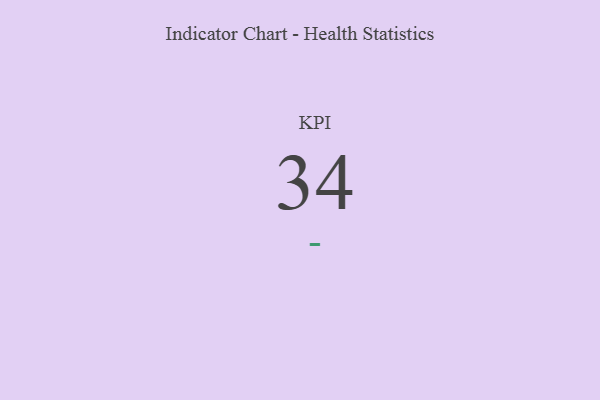
{"axis": {"x": "KPI", "y": "Value"}, "legend": [""], "data": [{"x": "KPI", "y": 34, "type": ""}]}